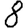
Digit: 8